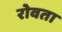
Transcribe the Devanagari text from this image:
रोवता